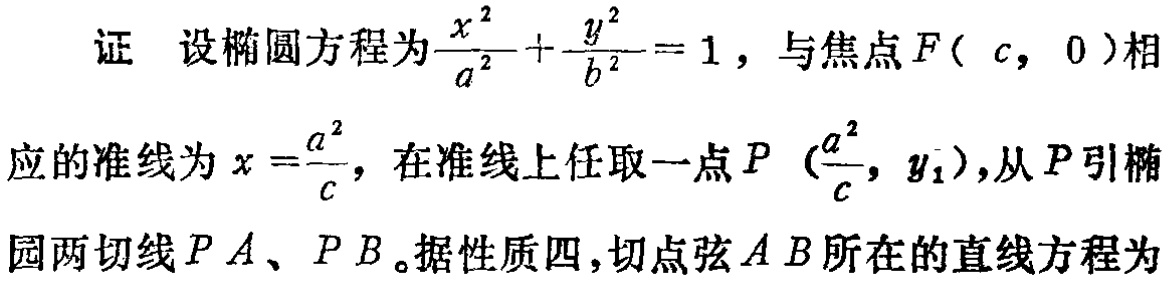
证 设椭圆方程为$\frac{x^{2}}{a^{2}}+\frac{y^{2}}{b^{2}} = 1$，与焦点$F(c,0)$相
应的准线为$x = \frac{a^{2}}{c}$，在准线上任取一点$P(\frac{a^{2}}{c},y_{1})$，从$P$引椭
园两切线$PA$、$PB$。据性质四，切点弦$AB$所在的直线方程为